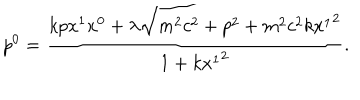
p ^ { 0 } = \frac { k p x ^ { 1 } x ^ { 0 } + \lambda \sqrt { m ^ { 2 } c ^ { 2 } + p ^ { 2 } + m ^ { 2 } c ^ { 2 } k { x ^ { 1 } } ^ { 2 } } } { 1 + k { x ^ { 1 } } ^ { 2 } } .